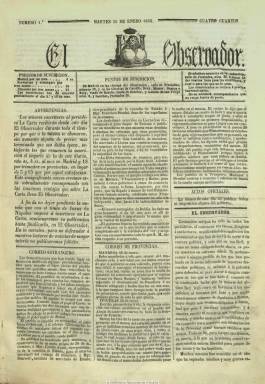
Título: El Observador (Madrid. 1848)
Colección: Periódicos
Ámbito geográfico: Madrid
Lugar de publicación: Madrid
Fechas: 25/01/1848-26/02/1853

Periódico de carácter noticioso que a partir del 25 de enero de 1848 sustituye al también diario La carta, que publica el impresor Manuel Álvarez y del que es asimismo su editor responsable. Mantiene el mismo formato, estructura y contenidos noticiosos que su antecesor, comenzando con la parte oficial (algún decreto) y siguiendo con las crónicas del extranjero, de provincias y de Madrid, además de otra parlamentaria, y las secciones dedicadas al culto religioso, los precios de los productos del mercado, las cotizaciones de la bolsa, la programación teatral, el folletín y los anuncios comerciales, que ocupan su cuarta plana, generalmente, al completo.

Sin embargo, a diferencia de La carta, introduce el editorial diario, a la vez que se declara no perteneciente a ninguno de los partidos políticos en liza. Hartzenbusch señala que es defensor de los principios liberales y Gómez Aparicio que tiene una tendencia liberal templada.

En 1849 aparece como su editor responsable Pedro Cordero, y al año siguiente pasa a ser estampado en la imprenta de Juan Rebollo, que aparece también como editor responsable. También experimenta varios cambios en la tipografía de su cabecera, que al principio va acompañada de un grabado, y adopta el subtítulo “destinado a promover los intereses generales de la nación” y después “diario político independiente”. El 26 de abril de 1850 había aumentado su tamaño.

Este diario, que pasó de Álvarez a Rebollo, debió adoptar al final una posición más progresista, es incautada su edición de 19 de enero de 1853 y su último número lo publica el 26 de febrero de este año, siendo víctima, como otros periódicos de la época, del nuevo real decreto de imprenta de dos enero dictado por el general Federico Roncali, un antiguo protegido de Baldomero Espartero, que asumió durante unos cuatro meses la presidencia de un gobierno integrado prácticamente por militares al final de la década moderada.

Según Hartzenbusch, entre sus redactores estuvieron José Aguirre, el médico y abogado Mariano Carreras y González, J. Jiménez Escriche y Ángel Vallejo Miranda (conde de Casa-Miranda), que durante la Restauración sería subsecretario de Presidencia.